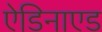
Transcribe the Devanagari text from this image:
ऐडिनाएड